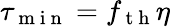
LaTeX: \tau_{\mathrm{~m~i~n~}}=f_{\mathrm{~t~h~}}\eta